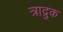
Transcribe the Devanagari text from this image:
त्राद्रुक